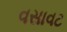
વસાવટ